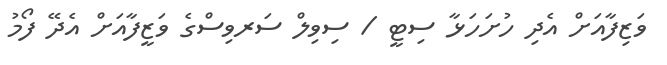
ވަޒިފާއަށް އެދި ހުށަހަޅާ ސިޓީ / ސިވިލް ސަރވިސްގެ ވަޒީފާއަށް އެދޭ ފޯމު